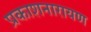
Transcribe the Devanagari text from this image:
प्रकाशनारायण